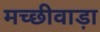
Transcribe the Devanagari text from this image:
मच्छीवाड़ा